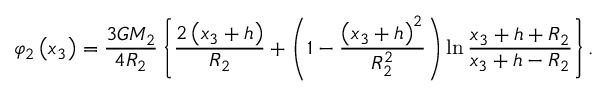
\varphi _ { 2 } \left( x _ { 3 } \right) = \displaystyle \frac { 3 G M _ { 2 } } { 4 R _ { 2 } } \left\lbrace \frac { 2 \left( x _ { 3 } + h \right) } { R _ { 2 } } + \left( 1 - \frac { \left( x _ { 3 } + h \right) ^ { 2 } } { R _ { 2 } ^ { 2 } } \right) \ln \frac { x _ { 3 } + h + R _ { 2 } } { x _ { 3 } + h - R _ { 2 } } \right\rbrace .